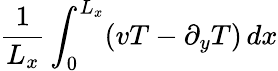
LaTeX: \frac{1}{L_{x}}\int_{0}^{L_{x}}(vT-\partial_{y}T)\, dx